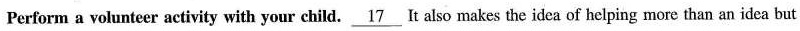
Perform a volunteer activity with your child. \underline{17} It also makes the idea of helping more than an idea but